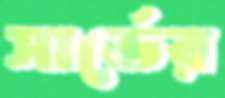
সার্ভের